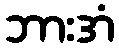
ဘားအံ